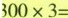
$$300×3=$$